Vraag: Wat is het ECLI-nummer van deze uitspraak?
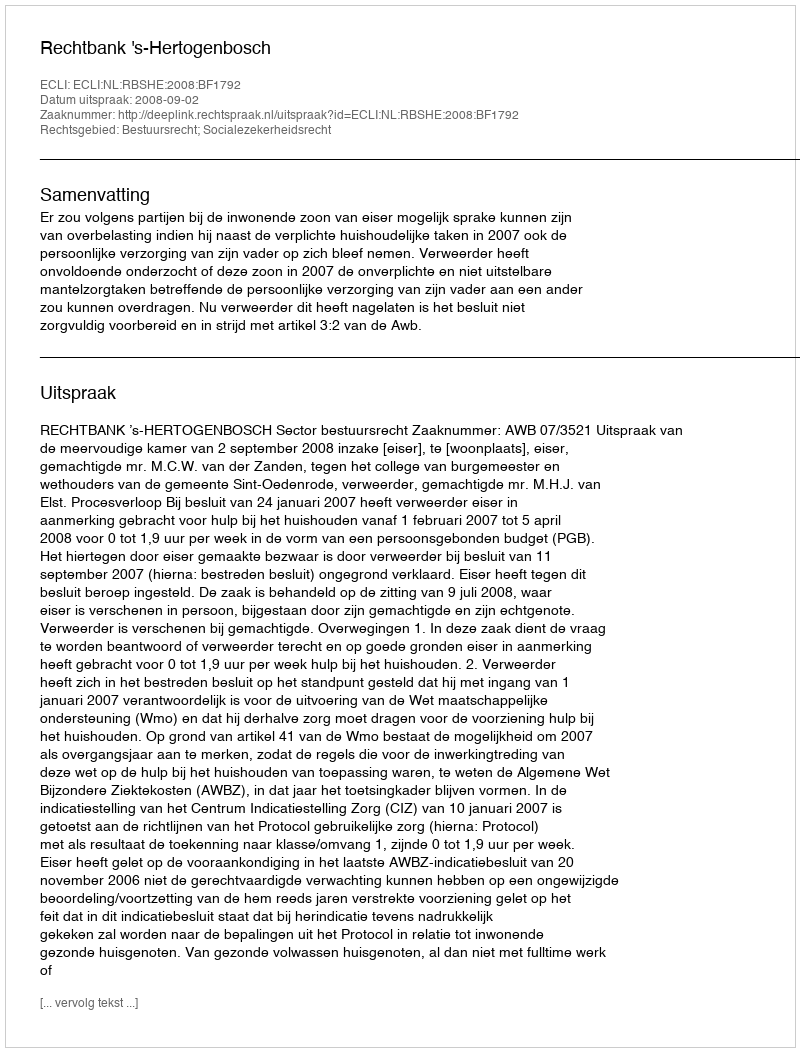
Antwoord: ECLI:NL:RBSHE:2008:BF1792